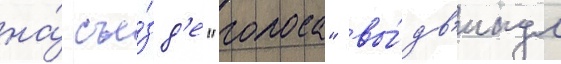
на́ съе́зд'е "голоса" вы́дв'инул